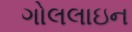
ગોલલાઇન